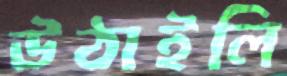
উঠাইলি